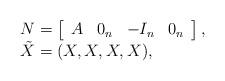
LaTeX: \begin{align*} \begin{array}{l} N = \left[ \begin{array}{cccc} A & 0_n & -I_n & 0_n \end{array} \right], \\ \tilde{X} = (X,X,X,X), \\\end{array} \end{align*}